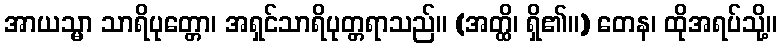
အာယသ္မာ သာရိပုတ္တော၊ အရှင်သာရိပုတ္တရာသည်။ (အတ္ထိ၊ ရှိ၏။) တေန၊ ထိုအရပ်သို့။